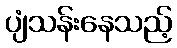
ပျံသန်းနေသည့်